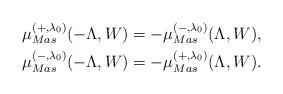
LaTeX: \begin{align*}\mu_{Mas}^{(+,\lambda_0)}(-\Lambda,W)&=-\mu_{Mas}^{(-,\lambda_0)}(\Lambda,W),\\\mu_{Mas}^{(-,\lambda_0)}(-\Lambda,W)&=-\mu_{Mas}^{(+,\lambda_0)}(\Lambda,W).\end{align*}